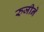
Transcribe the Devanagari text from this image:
रुजीने